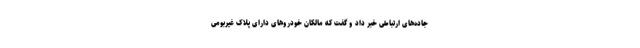
جاده‌های ارتباطی خبر داد و گفت که مالکان خودروهای دارای پلاک غیربومی